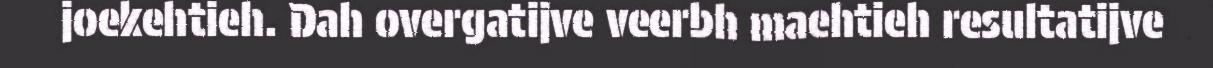
joekehtieh. Dah overgatijve veerbh maehtieh resultatijve